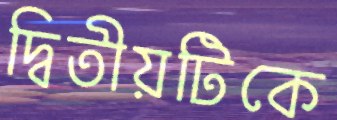
দ্বিতীয়টিকে